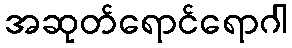
အဆုတ်ရောင်ရောဂါ